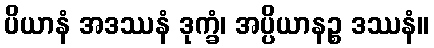
ပိယာနံ အဒဿနံ ဒုက္ခံ၊ အပ္ပိယာနဉ္စ ဒဿနံ။